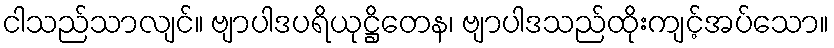
ငါသည်သာလျင်။ ဗျာပါဒပရိယုဋ္ဌိတေန၊ ဗျာပါဒသည်ထိုးကျင့်အပ်သော။